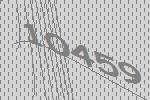
10459